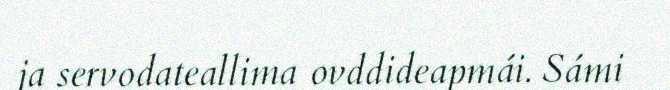
ja servodateallima ovddideapmái. Sámi